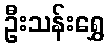
ဦးသန်းရွှေ